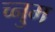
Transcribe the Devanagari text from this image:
च्नुम